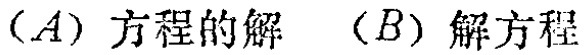
$(A)\ 方程的解\quad (B)\ 解方程$